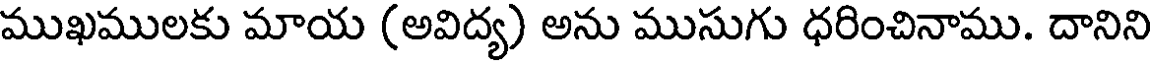
ముఖములకు మాయ (అవిద్య) అను ముసుగు ధరించినాము. దానిని